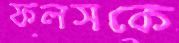
ফলসকে